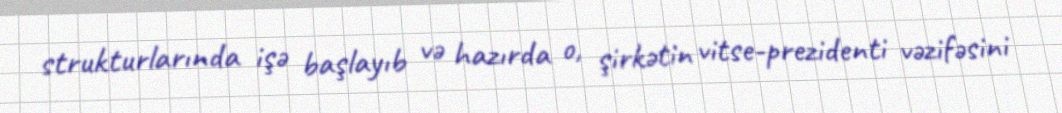
strukturlarında işə başlayıb və hazırda o, şirkətin vitse-prezidenti vəzifəsini